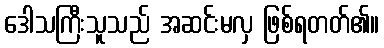
ဒေါသကြီးသူသည် အဆင်းမလှ ဖြစ်ရတတ်၏။